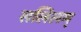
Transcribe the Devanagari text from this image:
सलिलम्